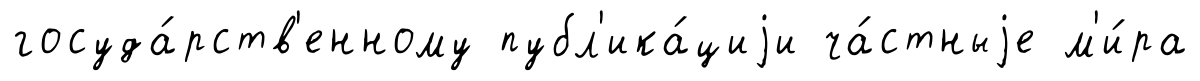
госуда́рств'енному публ'ика́циjи ча́стныjе м'и́ра